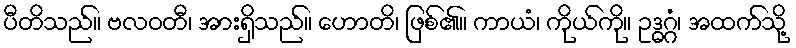
ပီတိသည်။ ဗလဝတီ၊ အားရှိသည်။ ဟောတိ၊ ဖြစ်၏။ ကာယံ၊ ကိုယ်ကို။ ဥဒ္ဓဂ္ဂံ၊ အထက်သို့